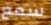
سمع